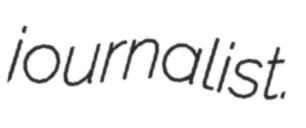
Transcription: journalist.